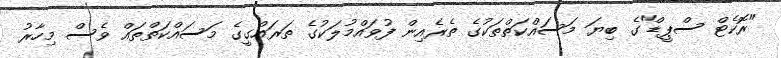
"ރޮކެޓް ސްޕީޑް"ގެ ބިޔަ މަސައްކަތްތަކުގެ ތެރެއިން ފުވައްމުލަކުގެ ތަރައްގީގެ މަސައްކަތްތައް ވެސް މިހާރު